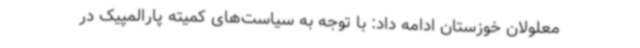
معلولان خوزستان ادامه داد: با توجه به سیاست‌های کمیته پارالمپیک در